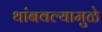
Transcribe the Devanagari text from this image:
थांबवल्यामुळे